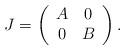
LaTeX: \begin{align*} J=\left( \begin{array}{cc} A & 0 \\ 0 & B \\ \end{array} \right). \end{align*}